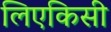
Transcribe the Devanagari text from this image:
लिएकिसी